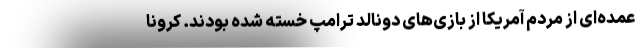
عمده‌ای از مردم آمریکا از بازی‌های دونالد ترامپ خسته شده بودند. کرونا